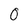
Character: 0